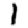
Digit: 1